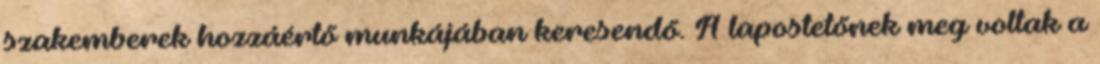
szakemberek hozzáértő munkájában keresendő. A lapostetőnek meg voltak a